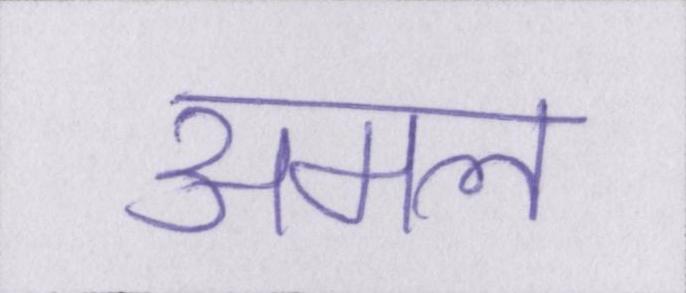
अमल